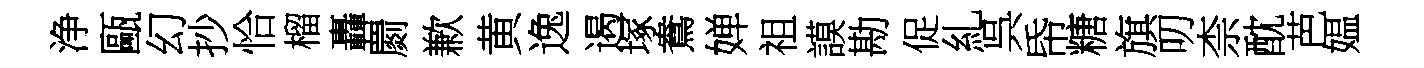
浄甌幻抄恰榴轟罽歉黄逸遏塚鴦婵祖謨勘促糺呉帋糖旗叨柰酖芭媪